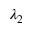
\lambda _ { 2 }